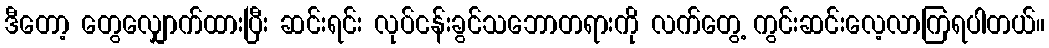
ဒီတော့ တွေလျှောက်ထားပြီး ဆင်းရင်း လုပ်ငန်းခွင်သဘောတရားကို လက်တွေ့ ကွင်းဆင်းလေ့လာကြရပါတယ်။